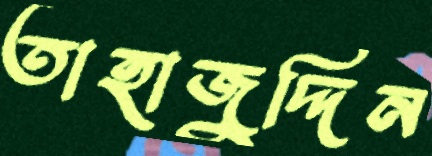
তাহাজুদ্দিন